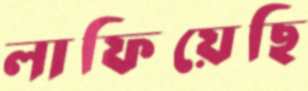
লাফিয়েছি